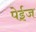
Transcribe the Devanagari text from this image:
पेईज